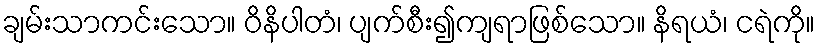
ချမ်းသာကင်းသော။ ဝိနိပါတံ၊ ပျက်စီး၍ကျရာဖြစ်သော။ နိရယံ၊ ငရဲကို။